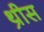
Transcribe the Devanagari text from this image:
थ्रीस